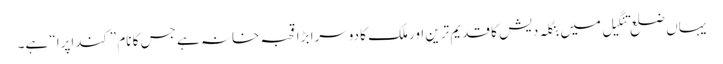
یہاں ضلع تنگیل میں بنگلہ دیش کا قدیم ترین اور ملک کا دوسرا بڑا قحبہ خانہ ہے جس کا نام ”کنداپرا“ ہے۔